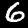
Digit: 6